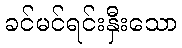
ခင်မင်ရင်းနှီးသော